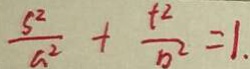
\frac { S ^ { 2 } } { a ^ { 2 } } + \frac { t ^ { 2 } } { b ^ { 2 } } = 1 .